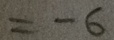
= - 6